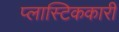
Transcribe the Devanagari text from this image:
प्लास्टिककारी